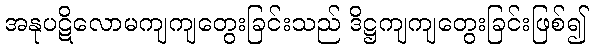
အနုပဋိလောမကျကျတွေးခြင်းသည် ဒိဋ္ဌကျကျတွေးခြင်းဖြစ်၍